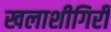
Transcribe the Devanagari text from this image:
खलाशीगिरी